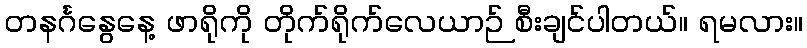
တနင်္ဂနွေနေ့ ဖာရိုကို တိုက်ရိုက်လေယာဉ် စီးချင်ပါတယ်။ ရမလား။